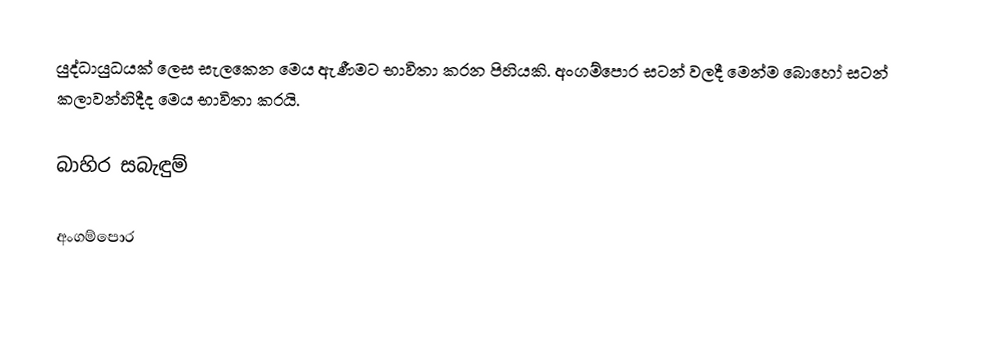
යුද්ධායුධයක් ලෙස සැලකෙන මෙය ඇණීමට භාවිතා කරන පිහියකි. අංගම්පොර සටන් වලදී මෙන්ම බොහෝ සටන් කලාවන්හිදීද මෙය භාවිතා කරයි.

බාහිර සබැඳුම්

අංගම්පොර